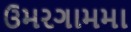
ઉમરગામમા